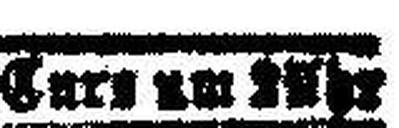
Curs um 2 Uhr